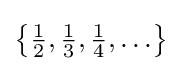
\left\{{\tfrac {1}{2}},{\tfrac {1}{3}},{\tfrac {1}{4}},\ldots \right\}